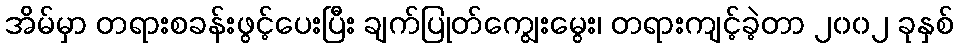
အိမ်မှာ တရားစခန်းဖွင့်ပေးပြီး ချက်ပြုတ်ကျွေးမွေး၊ တရားကျင့်ခဲ့တာ ၂၀၀၂ ခုနှစ်